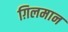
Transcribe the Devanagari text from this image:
ग़िलमान